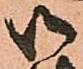
御